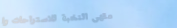
مقهى النخبة للاستراحات وا